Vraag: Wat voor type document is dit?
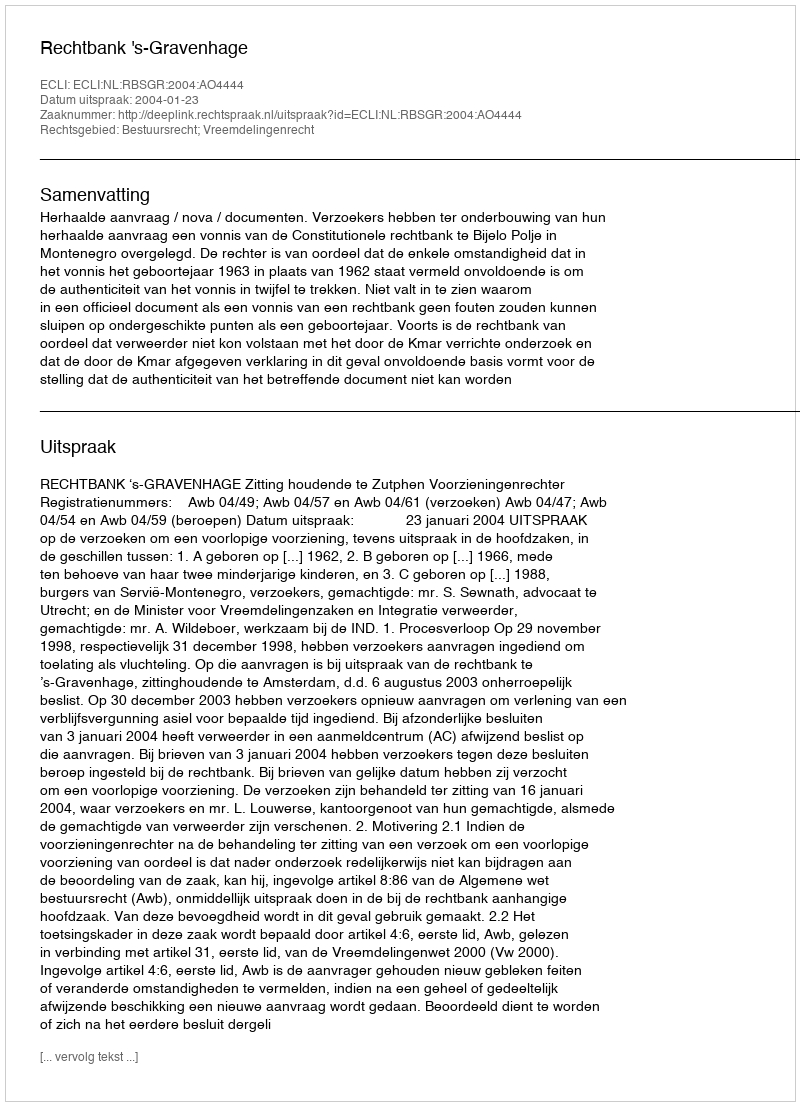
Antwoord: Uitspraak